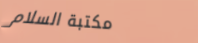
مكتبة السلام